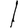
Digit: 1